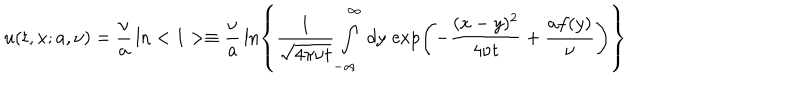
u ( t , x ; a , \nu ) = \frac { \nu } { a } \, \ln < 1 > \equiv \frac { \nu } { a } \, \ln \left\{ \frac { 1 } { \sqrt { 4 \pi \nu t } } \int _ { - \infty } ^ { \infty } \, d y \, \exp \left( - \frac { ( x - y ) ^ { 2 } } { 4 \nu t } + \frac { a f ( y ) } { \nu } \right) \right\}